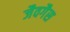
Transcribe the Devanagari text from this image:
जैवगैस